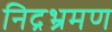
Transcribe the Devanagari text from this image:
निद्रभ्रमण